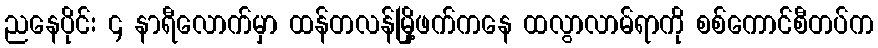
ညနေပိုင်း ၄ နာရီလောက်မှာ ထန်တလန်မြို့ဖက်ကနေ ထလွာလာမ်ရာကို စစ်ကောင်စီတပ်က